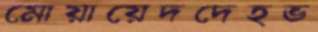
মোয়ায়েদদেহভ